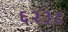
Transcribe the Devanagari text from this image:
६२३८